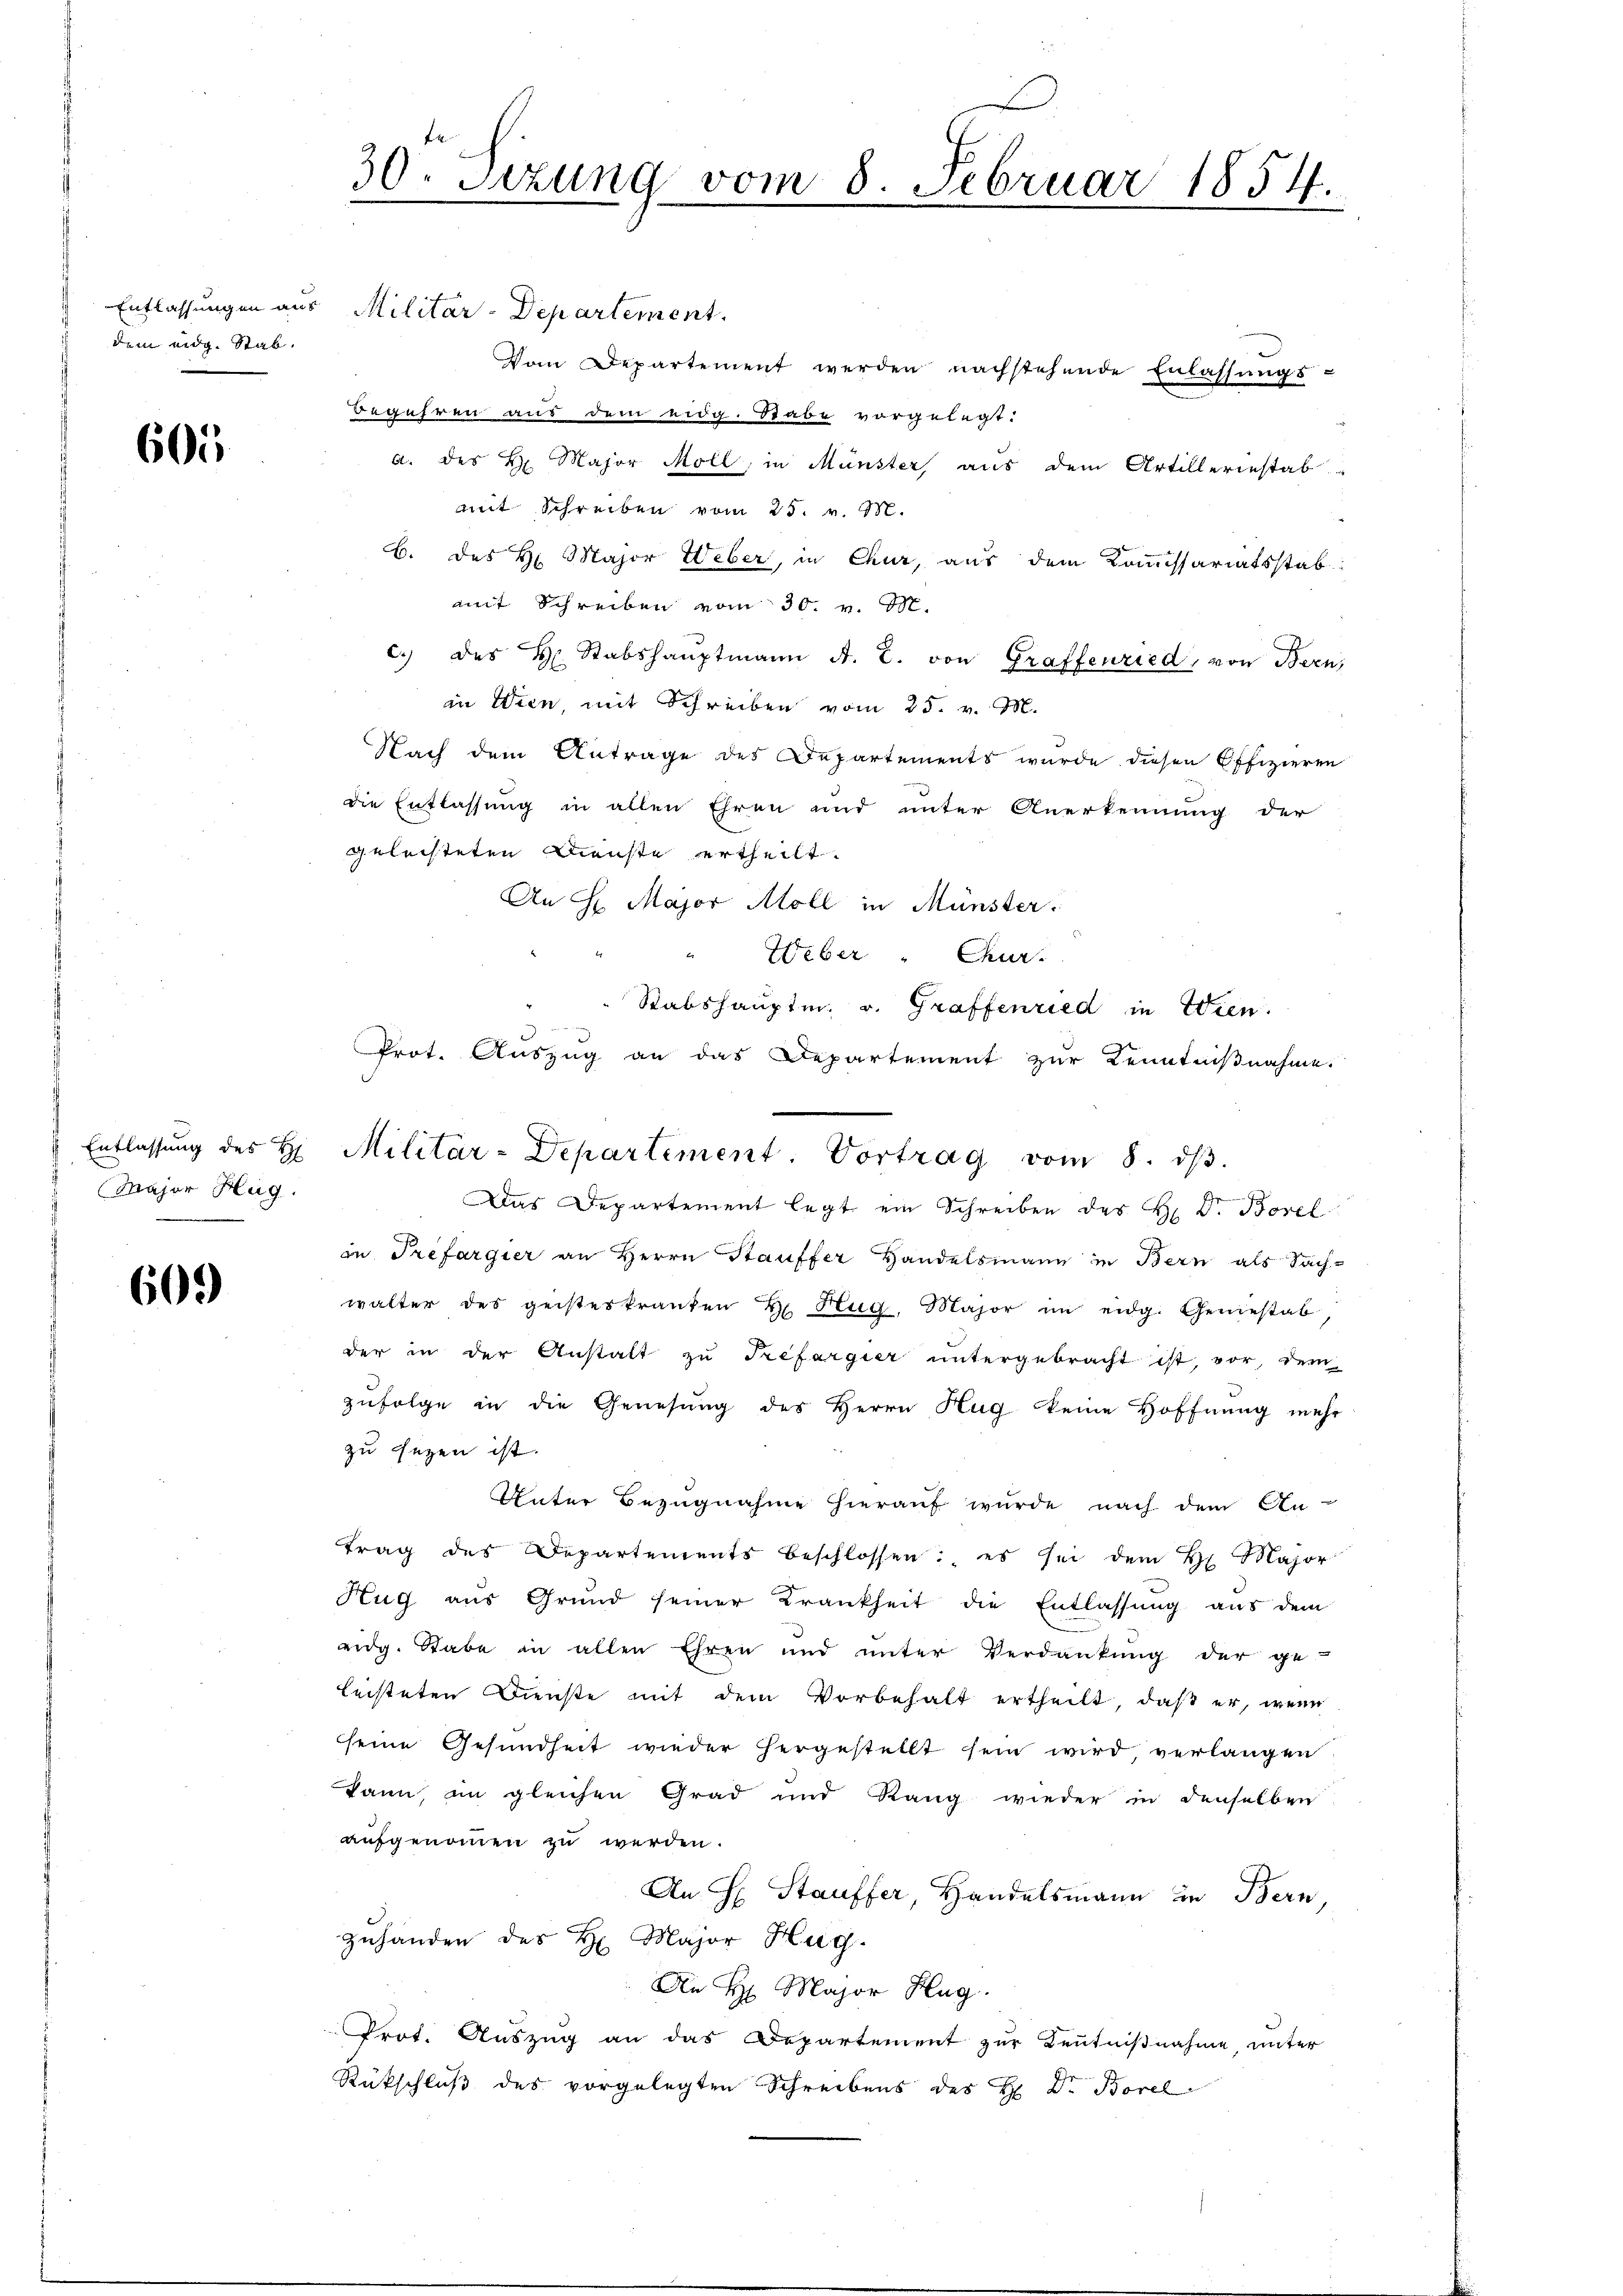
dem eidg. Stab.

605

Entlassung des H
Major Hug.

609)

30 Sizung vom 8. Februar 1854.
e

Prot. Auszug an das Departement zur Kenntnißnahme.
Militär-Departement. Vortrag vom 8. dβ.

Entlassungen aus Militär-Departement
Vom Departement werden nachstehende Enlassungs-
Begehren aus dem eidg. Stabe vorgelegt.
a. des H. Major Möll, in Münster aus dem Artilleriestab
mit Schreiben vom 25. v. M.
b. des H. Major Weber, in Chur, aus dem Kommissariatsstab
mit Schreiben vom 30. v. M.
c. des H. Stabshauptmann A. E. von Graffenried, von Bern,
in Wien, mit Schreiben vom 25. v. M.
Nach dem Antrage des Departements wurde diesen Offizieren
die Entlassung in allen Ehren und unter Anerkennung der
geleisteten Dienste ertheilt.
An H. Major Moll in Münster:
Weber " Chur-
Stabshauptm. v. Graffenried in Wien.
Das Departement legt ein Schreiben des H. Dr. Borel
in Trefargier an Herrn Stauffer Handelsmann in Bern als Sachwalter des geisteskranken E. Hug, Major im eidg. Geniestab
der in der Anstalt zu Trefargier untergebracht ist, vor, dem
zufolge in die Genesung des Herrn Hug keine Hoffnung mehr
zu sezen ist.
Unter Bezugnahme hierauf wurde nach dem An-
trag des Departements beschlossen: es sei dem H. Major
Hŭg aŭs Grŭnd seiner Krankheit die Entlassŭng aus dem
eidg. Stabe in allen Ehren und unter Verdankŭng der ge
leisteten Dienste mit dem Vorbehalt ertheilt, daß er, wenn
seine Gesundheit wieder hergestellt sein wird verlangen
kann, im gleichen Grad und Rang wieder in denselben
aufgenommen zu werden.
An H. Stauffer, Handelsmann in Bern,
Zuhanden des H. Major Hug
An H. Major Hug
Prot. Auszug an das Departement zur Kenntnißnahme, unter
Rückschluß des vorgelegten Schreibens des H. Dr. Borel